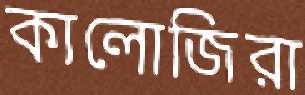
কালোজিরা